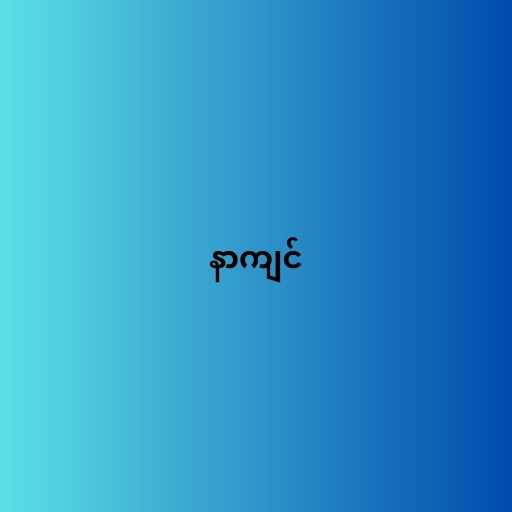
နာကျင်